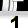
Digit: 1